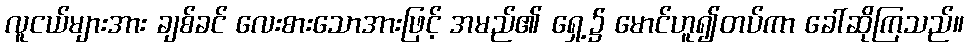
လူငယ်များအား ချစ်ခင် လေးစားသောအားဖြင့် အမည်၏ ရှေ့၌ မောင်ဟူ၍တပ်ကာ ခေါ်ဆိုကြသည်။